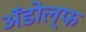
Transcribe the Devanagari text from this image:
अॅडोल्फ